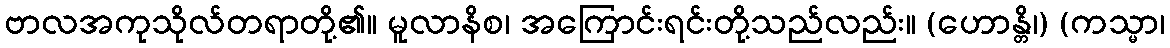
ဗာလအကုသိုလ်တရာတို့၏။ မူလာနိစ၊ အကြောင်းရင်းတို့သည်လည်း။ (ဟောန္တိ၊) (ကသ္မာ၊